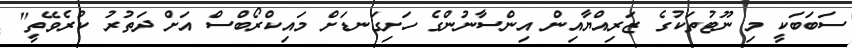
ސަބަަބަކީ މި ނޫޓުތަކުގެ ޒަރިއްޔާއިން އިންސާނުންގެ ހަށިގަނޑަށް މައިކްރޯބްސް އަށް ދަތުރު ކުރެވޭތީ"